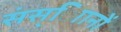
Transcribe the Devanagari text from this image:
संस्ािानों